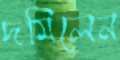
দমিলেন